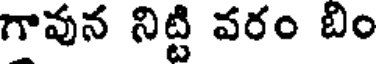
గావున నిట్టి వరం బీం